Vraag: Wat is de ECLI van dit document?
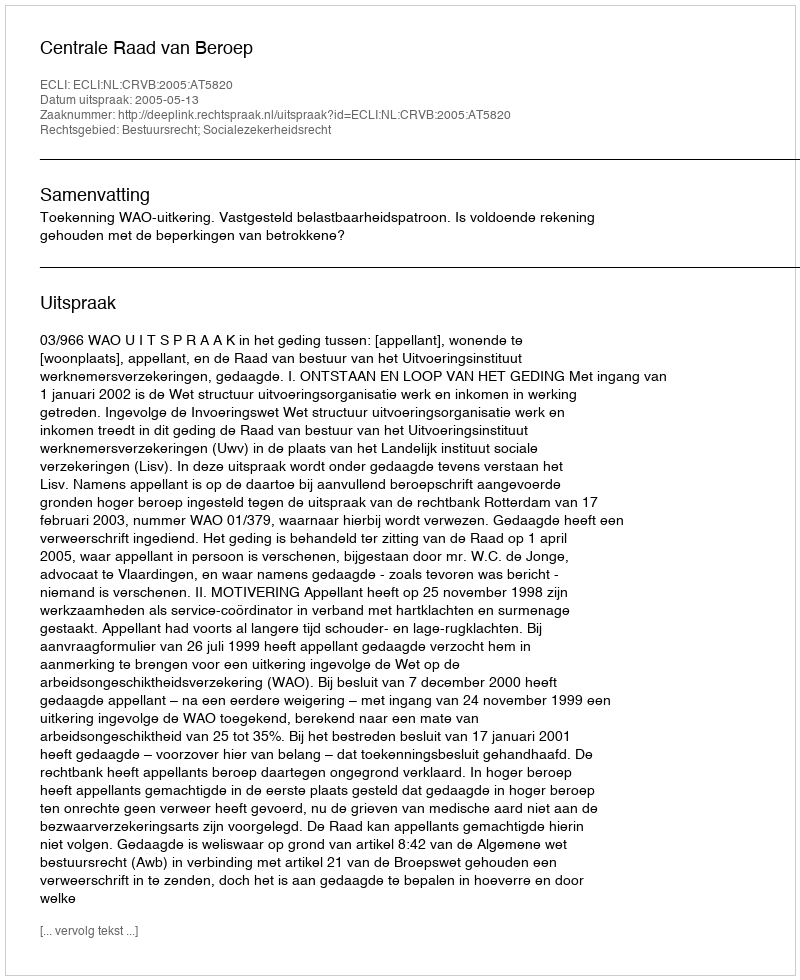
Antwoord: ECLI:NL:CRVB:2005:AT5820